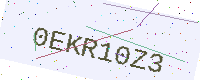
Text: 0EKR10Z3